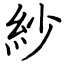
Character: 紗